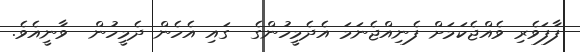
ފާފަވެރި ވެއްޖެކަމަށް ފެނިއްޖެނަމަ އެދެމީހުންގެ  ގައި އެހެން ދެމީހުން  ވާނީއެވެ.